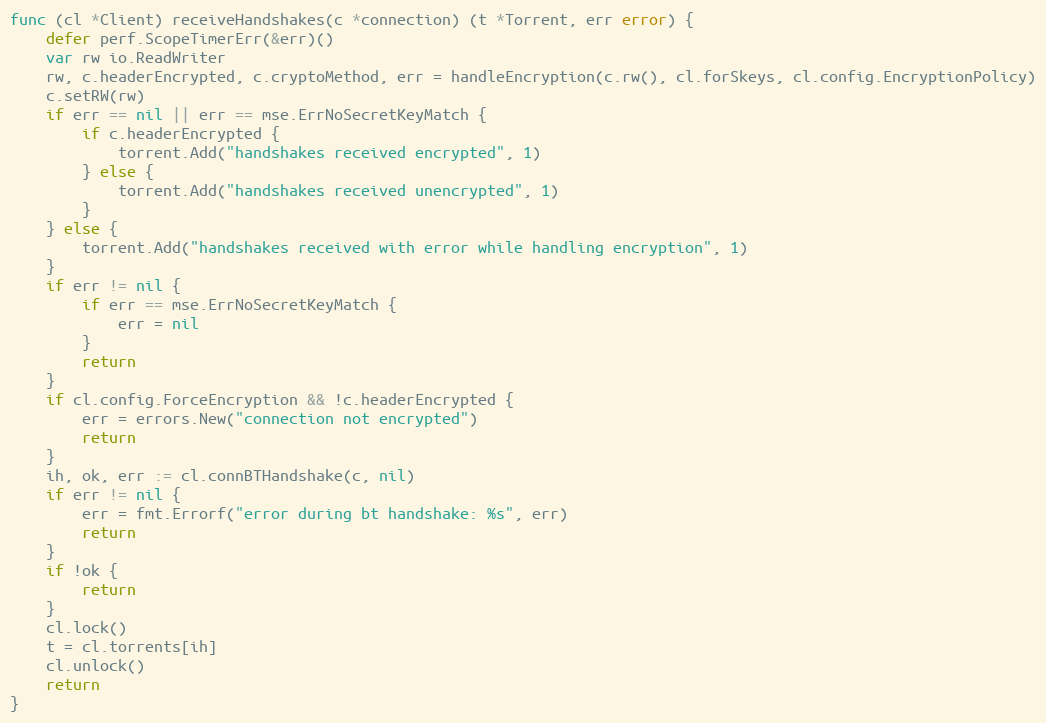
Language: Go
func (cl *Client) receiveHandshakes(c *connection) (t *Torrent, err error) {
	defer perf.ScopeTimerErr(&err)()
	var rw io.ReadWriter
	rw, c.headerEncrypted, c.cryptoMethod, err = handleEncryption(c.rw(), cl.forSkeys, cl.config.EncryptionPolicy)
	c.setRW(rw)
	if err == nil || err == mse.ErrNoSecretKeyMatch {
		if c.headerEncrypted {
			torrent.Add("handshakes received encrypted", 1)
		} else {
			torrent.Add("handshakes received unencrypted", 1)
		}
	} else {
		torrent.Add("handshakes received with error while handling encryption", 1)
	}
	if err != nil {
		if err == mse.ErrNoSecretKeyMatch {
			err = nil
		}
		return
	}
	if cl.config.ForceEncryption && !c.headerEncrypted {
		err = errors.New("connection not encrypted")
		return
	}
	ih, ok, err := cl.connBTHandshake(c, nil)
	if err != nil {
		err = fmt.Errorf("error during bt handshake: %s", err)
		return
	}
	if !ok {
		return
	}
	cl.lock()
	t = cl.torrents[ih]
	cl.unlock()
	return
}